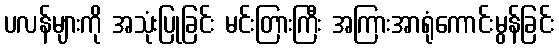
ပလန်များကို အသုံးပြုခြင်း မင်းတြားကြီး အကြားအာရုံကောင်းမွန်ခြင်း